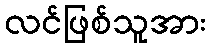
လင်ဖြစ်သူအား